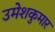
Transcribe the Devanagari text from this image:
उमेशकुमार